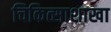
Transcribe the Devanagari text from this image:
चिकित्साशाखा